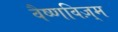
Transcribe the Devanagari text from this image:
वैष्णविज़्म